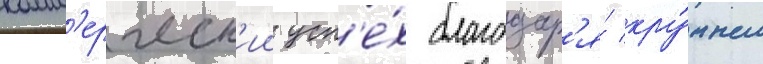
комм'ерческ'ии усп'е́х благодар'я́ кру́пным